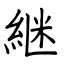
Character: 継